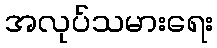
အလုပ်သမားရေး